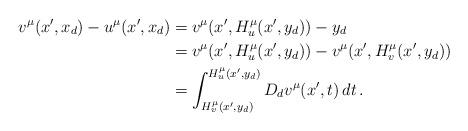
LaTeX: \begin{align*}v^\mu(x', x_d) - u^\mu(x', x_d)&=v^\mu(x', H_u^\mu(x', y_d)) - y_d\\&=v^\mu(x', H_u^\mu(x', y_d)) - v^\mu(x', H_v^\mu(x', y_d))\\&= \int_{H_v^\mu(x', y_d)}^{H_u^\mu(x', y_d)} D_d v^\mu(x', t)\, dt \,. \end{align*}